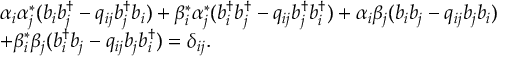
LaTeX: \begin{array} { l } { { \alpha _ { i } \alpha _ { j } ^ { * } ( b _ { i } b _ { j } ^ { \dagger } - q _ { i j } b _ { j } ^ { \dagger } b _ { i } ) + \beta _ { i } ^ { * } \alpha _ { j } ^ { * } ( b _ { i } ^ { \dagger } b _ { j } ^ { \dagger } - q _ { i j } b _ { j } ^ { \dagger } b _ { i } ^ { \dagger } ) + \alpha _ { i } \beta _ { j } ( b _ { i } b _ { j } - q _ { i j } b _ { j } b _ { i } ) } } \\ { { + \beta _ { i } ^ { * } \beta _ { j } ( b _ { i } ^ { \dagger } b _ { j } - q _ { i j } b _ { j } b _ { i } ^ { \dagger } ) = \delta _ { i j } . } } \end{array}